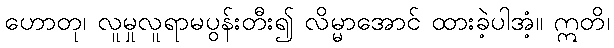
ဟောတု၊ လူမှုလူရာမပွန်းတီး၍ လိမ္မာအောင် ထားခဲ့ပါအံ့။ ဣတိ၊